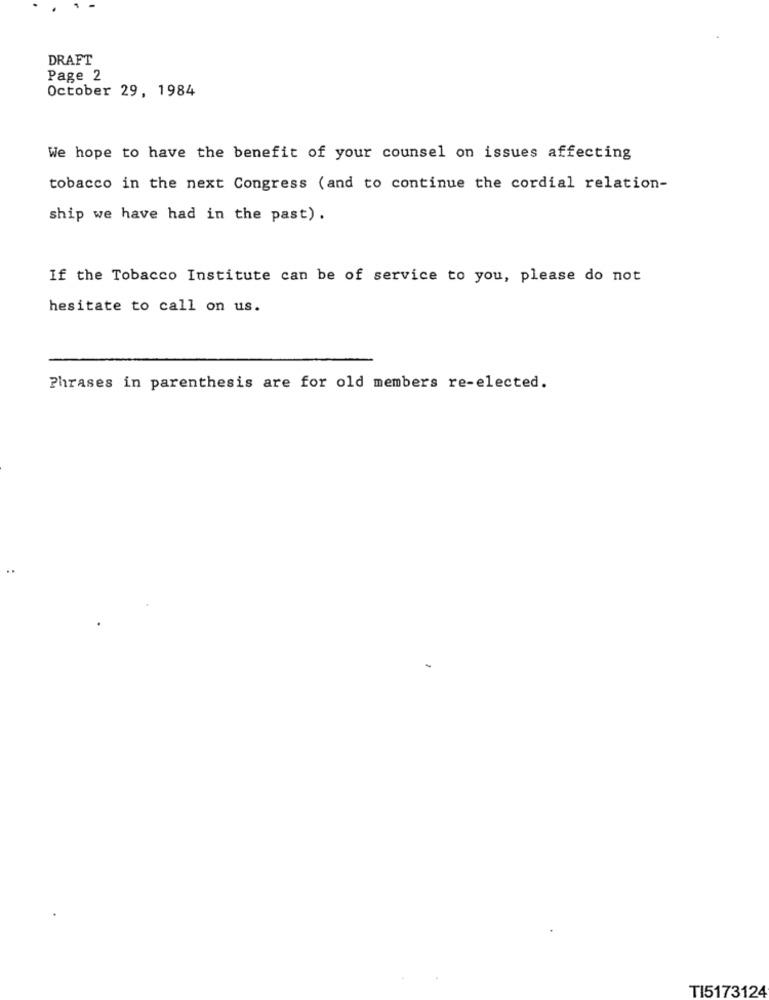
DRAFT
Page 2
October 29, 1984
We hope to have the benefit of your counsel on issues affecting
tobacco in the next Congress (and to continue the cordial relation-
ship we have had in the past).
If the Tobacco Institute can be of service to you, please do not
hesitate to call on us.
Phrases in parenthesis are for old members re-elected.
TI5173124